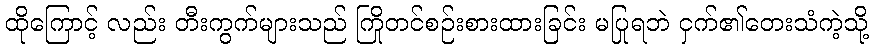
ထိုကြောင့် လည်း တီးကွက်များသည် ကြိုတင်စဉ်းစားထားခြင်း မပြုရဘဲ ငှက်၏တေးသံကဲ့သို့